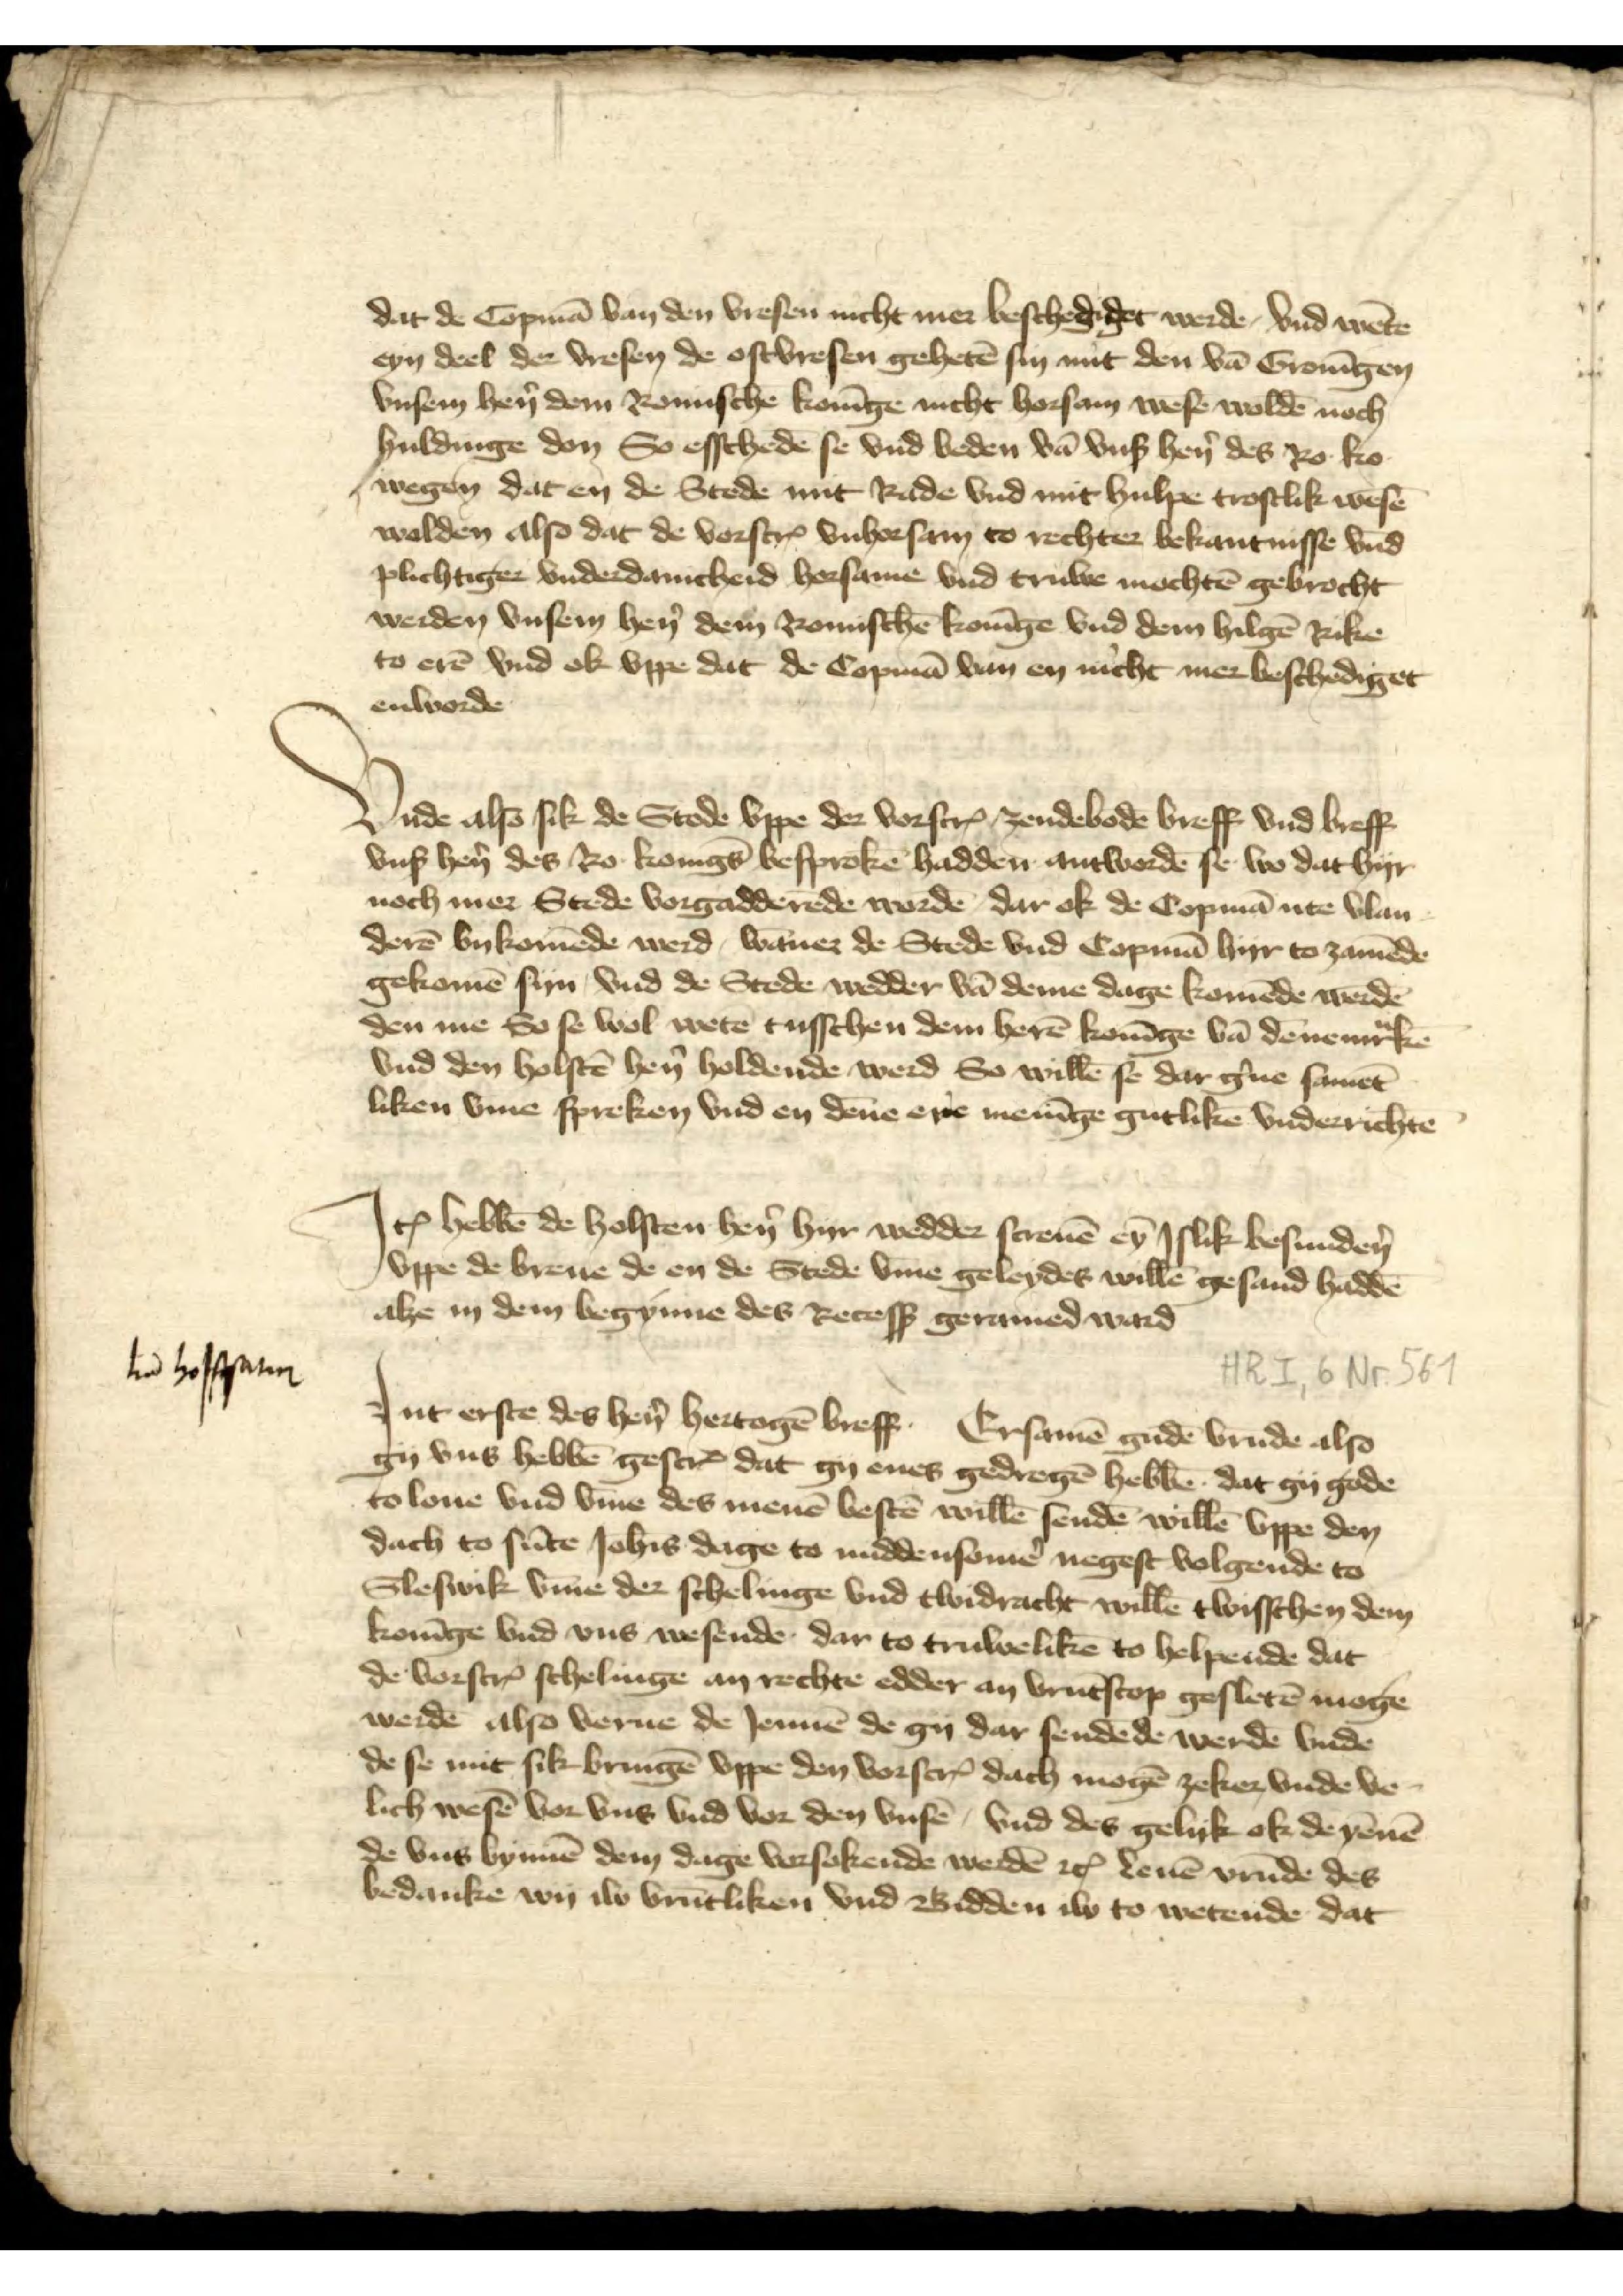
dir de Copmā van den Vresen nicht mer beschediget werden, vnd wēten
eyn deel der Vresen de Ostvresen gehetē syn mit den vā Gronīgen
vnsem hẻn dem Romischē Konīge nicht horsam wesē woldē noch
huldinge den So esschedē se vnd beden vā vnß hẻn des Ro Ko
wegen dat en de Stede mit Rade vnd mit hulpe trostlik wesē
wolden alo dat de vorscrꝬ vnhorsam to rechter bekantnisse vnd
pflichtiger vnderdanicheid horsame vnd truwe mochtē gebrocht
werden vnsem hẻn dem Romischē Konīge vnd dem hiligē Rike
to erē vnd ok vppe dat de Copmā van en nicht mer beschediget
enworde

Vnde also sik de Stede vppe der vorscrꝬ zendebodē breff vnd breff
vnß hẻn des Ro KonīgꝬ besprokē hadden antworde se wo dat hyr
noch mer Stede vorgadderēde wordē dar ok de Copmā ute Vlan¬
derē bykomēde werd, wāner de Stede vnd Copmā hyr to zamēde
gekomē syn vnd de Stede wedder vā deme dage komēde werdē
den me So se wol wetē tusschen dem herē Konīge vā Dēnemͣrkē
vnd den Holstē hẻn holdende werd So willē se dar g̉ne samēt
liken vme spreken vnd en dēne ere menīge gutlikē vnderrichtē

Jꝷ hebbē de Holsten hẻn hyr wedder screuē eȳ islik besundẻn
vppe de breue de en de Stede v̄me geleydes willē gesand haddē
alze in dem begynne des Recesß geramed ward

Int erste des hẻn Hertogē breff. Ersamē gudē vrūde also
gy vns hebbē gescrꝬ dat gy enes gedrogē hebbē dat gy gode
to loue vnd v̄me des menē bestē willē sendē willē vppe den
dach to sūte Joh̄is dage to middensomẻ negest volgende to
Sleswik v̄me der schelinge vnd twidracht willē twisschen dem
Konīge vnd vns wesende dar to truwelikē to helpende dat
de vorscrꝬ schelinge an rechte edder and vrūtshop gesletē mogē
werdē also verne de Jennē de gy dar sendēde werdē vnde
de se mit sik bringē vppe den vorscrꝬ dach mogē zeker vnde ve¬
lich wesē vor vns vnd vor den vnsē, vnd des gelyk ok de yēnē
de vns bynnē dem dage vorsokende werdē etꝬ leuē vrūde des
bedanke wy iw vrūtliken vnd Bidden iw to wetenden dat

̄l̄t̄a hoffsaten